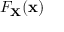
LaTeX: F _ { \mathbf { X } } ( \mathbf { x } )